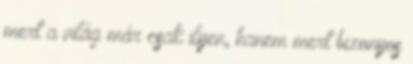
mert a világ már csak ilyen, hanem mert bizonyos